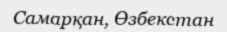
Самарқан, Өзбекстан